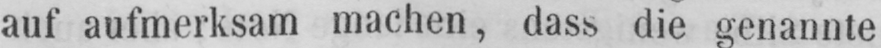
auf aufmerksam machen, dass die genannte